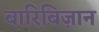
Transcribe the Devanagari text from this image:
बारिबिज़ान